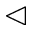
\vartriangleleft